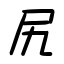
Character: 尻